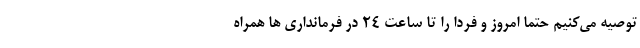
توصیه می‌کنیم حتما امروز و فردا را تا ساعت ٢٤ در فرمانداری ها همراه